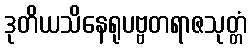
ဒုတိယသိနေရုပဗ္ဗတရာဇသုတ္တံ